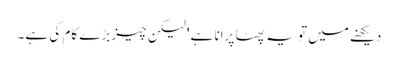
دیکھنے میں تو یہ پھٹا پرانا ہے' لیکن چیز بڑے کام کی ہے۔